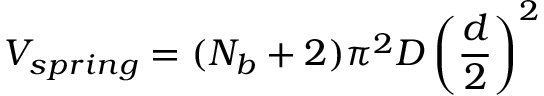
V _ { s p r i n g } = ( N _ { b } + 2 ) \pi ^ { 2 } D \left( \frac { d } { 2 } \right) ^ { 2 }